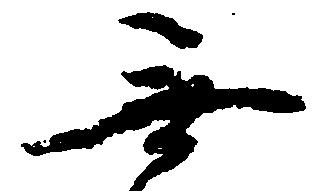
無